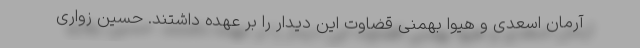
آرمان اسعدی و هیوا بهمنی قضاوت این دیدار را بر عهده داشتند. حسین زواری